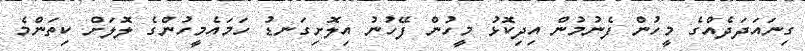
ގިނައަދަދެއްގެ މީހުން ފެނުމުން އިދިކޮޅު މީހުން ފޭހުނު އިލޮށިގަނޑު ހަމައެމީހުންގެ ލޮލަށް ކިތަންމެ